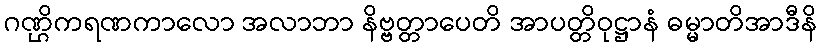
ဂဏ္ဌိကရဏကာလော အလာဘာ နိဗ္ဗတ္တာပေတိ အာပတ္တိဝုဋ္ဌာနံ ဓမ္မာတိအာဒီနိ